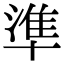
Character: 準